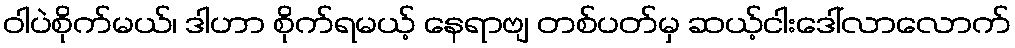
ဝါပဲစိုက်မယ်၊ ဒါဟာ စိုက်ရမယ့် နေရာဗျ တစ်ပတ်မှ ဆယ့်ငါးဒေါ်လာလောက်